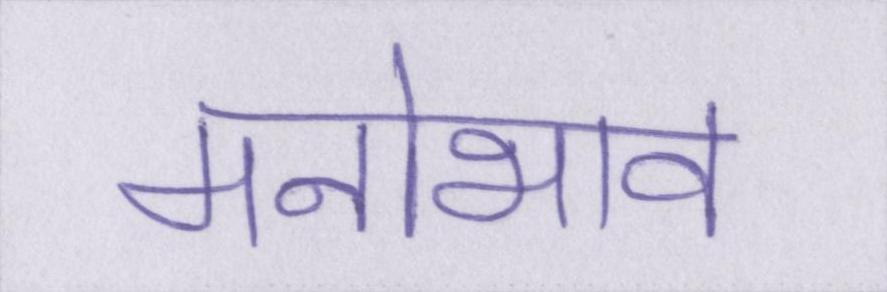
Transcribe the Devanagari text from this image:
मनोभाव